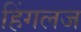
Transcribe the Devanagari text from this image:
हिंगलज